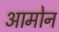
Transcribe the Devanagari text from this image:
आमोन